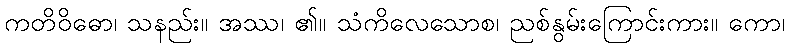
ကတိဝိဓော၊ သနည်း။ အဿ၊ ၏။ သံကိလေသောစ၊ ညစ်နွမ်းကြောင်းကား။ ကော၊